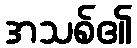
အသစ်၏